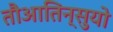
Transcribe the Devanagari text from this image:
तौआतिन्सुयो